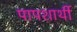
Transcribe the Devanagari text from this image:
पापशार्थी